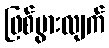
ဖြစ်ပွားလျက်